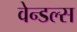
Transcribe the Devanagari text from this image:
वेन्डल्स